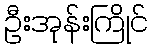
ဦးအုန်းကြိုင်